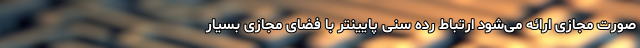
صورت مجازی ارائه می‌شود ارتباط رده سنی پایینتر با فضای مجازی بسیار